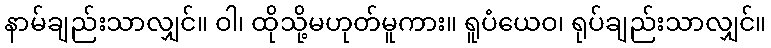
နာမ်ချည်းသာလျှင်။ ဝါ၊ ထိုသို့မဟုတ်မူကား။ ရူပံယေဝ၊ ရုပ်ချည်းသာလျှင်။